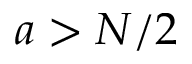
a > N / 2